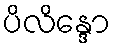
ပိလိန္ဒော